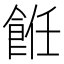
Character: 餁